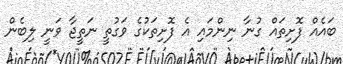
ބައެއް ފޮށިތައް ގުނާ ނިންމައި އެ ފޮށިތަކުގެ ވަގުތީ ނަތީޖާ ވަނީ ލިބެން